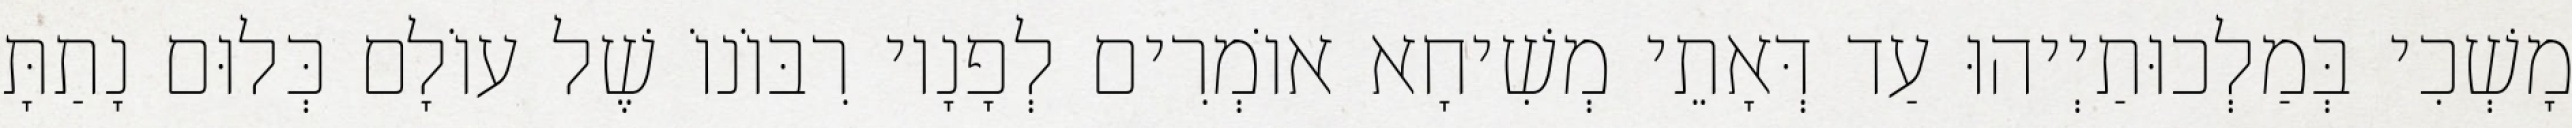
מָשְׁכִי בְּמַלְכוּתַיְיהוּ עַד דְּאָתֵי מְשִׁיחָא אוֹמְרִים לְפָנָיו רִבּוֹנוֹ שֶׁל עוֹלָם כְּלוּם נָתַתָּ